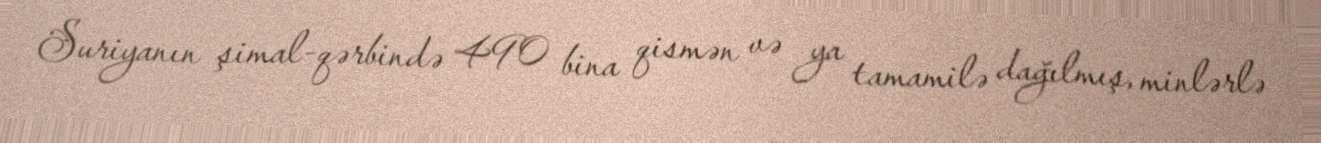
Suriyanın şimal-qərbində 490 bina qismən və ya tamamilə dağılmış, minlərlə